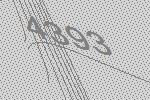
4393